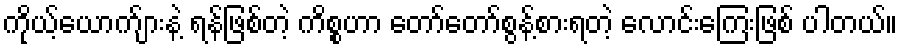
ကိုယ့်ယောက်ျားနဲ့ ရန်ဖြစ်တဲ့ ကိစ္စဟာ တော်တော်စွန့်စားရတဲ့ လောင်းကြေးဖြစ် ပါတယ်။